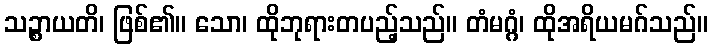
သဉ္စာယတိ၊ ဖြစ်၏။ သော၊ ထိုဘုရားတပည့်သည်။ တံမဂ္ဂံ၊ ထိုအရိယမဂ်သည်။